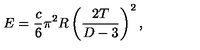
E = { \frac { c } { 6 } } \pi ^ { 2 } R \left( { \frac { 2 T } { D - 3 } } \right) ^ { 2 } ,